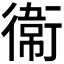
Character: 𫟘